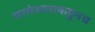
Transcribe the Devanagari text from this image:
परमेश्वराकडूनच